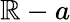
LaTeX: {\mathbb{R}-a}